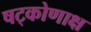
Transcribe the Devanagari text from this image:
षट्कोणाक्ष